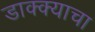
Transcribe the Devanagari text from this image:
डाक्क्याचा